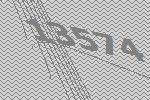
13574